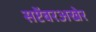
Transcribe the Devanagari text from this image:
सप्टेंबरअखेर